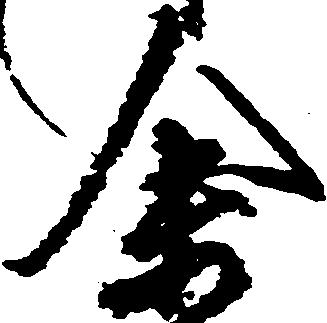
余